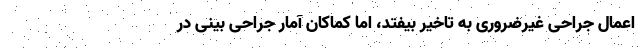
اعمال جراحی غیرضروری به تاخیر بیفتد، اما کماکان آمار جراحی بینی در